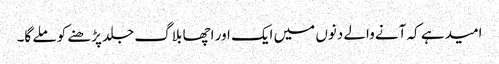
امید ہے کہ آنے والے دنوں میں ایک اور اچھا بلاگ جلد پڑھنے کو ملے گا۔